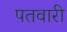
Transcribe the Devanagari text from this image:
पतवारी